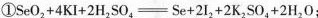
①SeO_{2}+4KI+2H_{2}SO_{4} = Se+2I_{2}+2K_{2}SO_{4}+2H_{2}O;